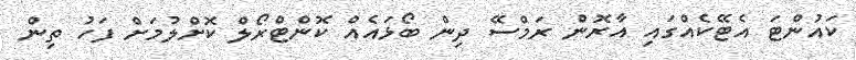
ކައުންޓަ އެޓޭކެއްގައި އާރޮން ރަމްސޭ ދިން ބޯޅައެއް ކޮންޓްރޯލް ކޮށްލުމަށް ފަހު ތިން